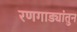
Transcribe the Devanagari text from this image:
रणगाड्यांतुन